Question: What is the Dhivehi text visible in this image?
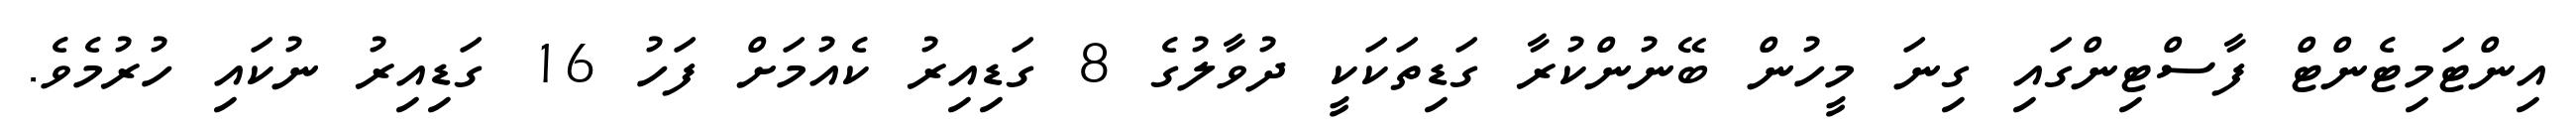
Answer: އިންޓަމިޓެންޓް ފާސްޓިންގައި ގިނަ މީހުން ބޭނުންކުރާ ގަޑިތަކަކީ ދުވާލުގެ 8 ގަޑިއިރު ކެއުމަށް ފަހު 16 ގަޑިއިރު ނުކައި ހުރުމެވެ.